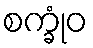
စက္ခုံဝ